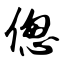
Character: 偬